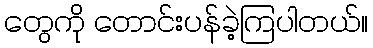
တွေကို တောင်းပန်ခဲ့ကြပါတယ်။